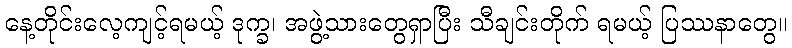
နေ့တိုင်းလေ့ကျင့်ရမယ့် ဒုက္ခ၊ အဖွဲ့သားတွေရှာပြီး သီချင်းတိုက် ရမယ့် ပြဿနာတွေ။